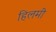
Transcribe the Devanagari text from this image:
हिलमी